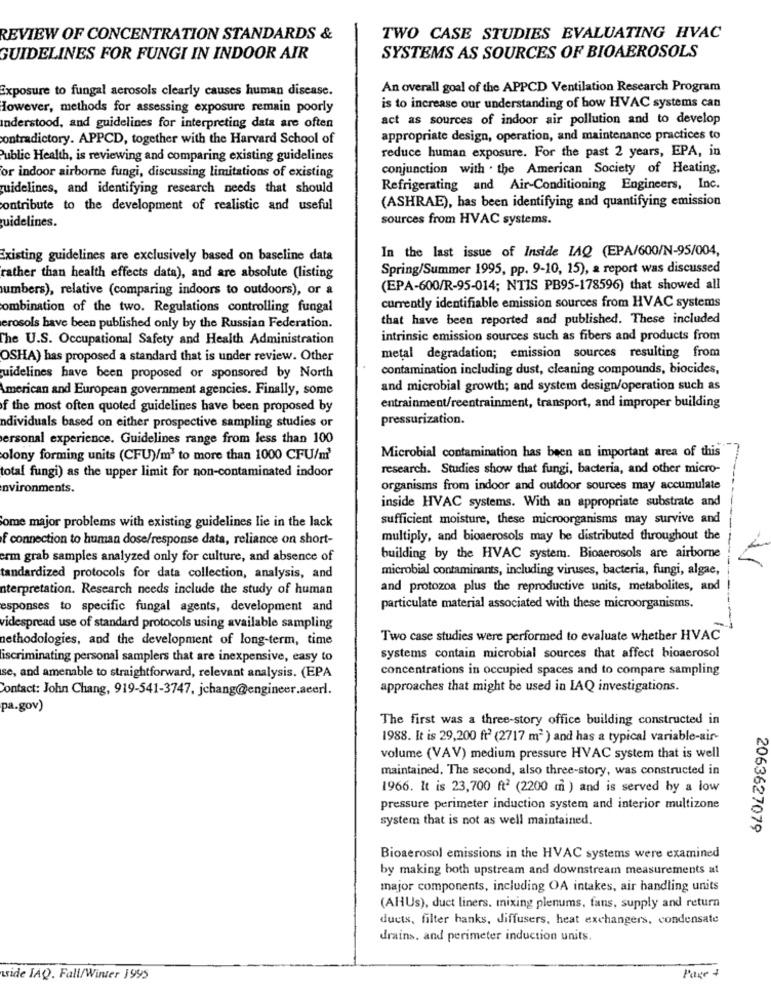
REVIEW OF CONCENTRATION STANDARDS &
TWO CASE STUDIES EVALUATING HVAC
GUIDELINES FOR FUNGI IN INDOOR AIR
SYSTEMS AS SOURCES OF BIOAEROSOLS
Exposure to fungal aerosols clearly causes human disease.
An overall goal of the APPCD Ventilation Research Program
However, methods for assessing exposure remain poorly
is to increase our understanding of how HVAC systems can
act as sources of indoor air pollution and to develop
understood, and guidelines for interpreting data are often
contradictory. APPCD, together with the Harvard School of
appropriate design, operation, and maintenance practices to
reduce human exposure. For the past 2 years, EPA, in
Public Health, is reviewing and comparing existing guidelines
conjunction with . the American Society of Heating,
or indoor airborne fungi, discussing limitations of existing
guidelines, and identifying research needs that should
Refrigerating and Air-Conditioning Engineers, Inc.
(ASHRAE), has been identifying and quantifying emission
contribute to the development of realistic and useful
guidelines.
sources from HVAC systems.
In the last issue of Inside IAQ (EPA/600/N-95/004,
Existing guidelines are exclusively based on baseline data
Spring/Summer 1995, pp. 9-10, 15), a report was discussed
rather than health effects data), and are absolute (listing
numbers), relative (comparing indoors to outdoors), or a
(EPA-600/R-95-014; NTIS PB95-178596) that showed all
combination of the two. Regulations controlling fungal
currently identifiable emission sources from HVAC systems
that have been reported and published. These included
erosols have been published only by the Russian Federation.
The U.S. Occupational Safety and Health Administration
intrinsic emission sources such as fibers and products from
OSHA) has proposed a standard that is under review. Other
metal degradation; emission sources resulting from
contamination including dust, cleaning compounds, biocides,
guidelines have been proposed or sponsored by North
American and European government agencies. Finally, some
and microbial growth; and system design/operation such as
f the most often quoted guidelines have been proposed by
entrainment/reentrainment, transport, and improper building
pressurization.
ndividuals based on either prospective sampling studies or
ersonal experience. Guidelines range from less than 100
olony forming units (CFU)/m' to more than 1000 CFU/m'
Microbial contamination has been an important area of this
total fungi) as the upper limit for non-contaminated indoor
research. Studies show that fungi, bacteria, and other micro-
nvironments.
organisms from indoor and outdoor sources may accumulate
inside HVAC systems. With an appropriate substrate and
sufficient moisture, these microorganisms may survive and
Some major problems with existing guidelines lie in the lack
f connection to human dose/response data, reliance on short-
multiply, and bioaerosols may be distributed throughout the
erm grab samples analyzed only for culture, and absence of
building by the HVAC system. Bioaerosols are airborne
microbial contaminants, including viruses, bacteria, fungi, algae,
tandardized protocols for data collection, analysis, and
nterpretation. Research needs include the study of human
and protozoa plus the reproductive units, metabolites, and
esponses to specific fungal agents, development and
particulate material associated with these microorganisms.
videspread use of standard protocols using available sampling
methodologies, and the development of long-term, time
Two case studies were performed to evaluate whether HVAC
iscriminating personal samplers that are inexpensive, easy to
systems contain microbial sources that affect bioaerosol
concentrations in occupied spaces and to compare sampling
se, and amenable to straightforward, relevant analysis. (EPA
Contact: John Chang, 919-541-3747, jchang@engineer.acerl.
approaches that might be used in IAQ investigations.
pa.gov)
The first was a three-story office building constructed in
1988. It is 29,200 ft2 (2717 m2 ) and has a typical variable-air-
volume (VAV) medium pressure HVAC system that is well
maintained, The second, also three-story, was constructed in
1966. It is 23,700 ft2 (2200 m ) and is served by a low
pressure perimeter induction system and interior multizone
system that is not as well maintained.
2063627079
Bioaerosol emissions in the HVAC systems were examined
by making both upstream and downstream measurements at
major components, including OA intakes, air handling units
(AHUs), duct liners, mixing plenums, fans, supply and return
ducts, filter hanks, diffusers, heat exchangers, condensate
drains, and perimeter induction units.
Page +
wide IAQ. Fall/Winter 1995